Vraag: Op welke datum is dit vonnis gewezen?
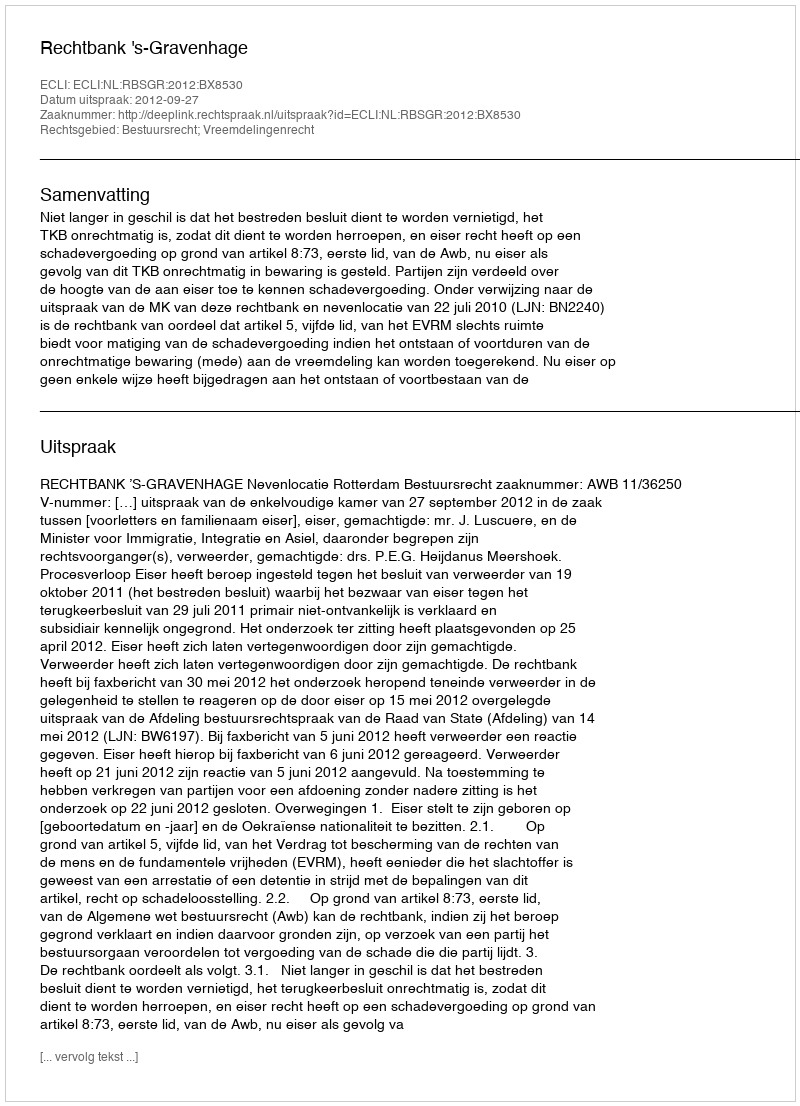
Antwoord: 2012-09-27